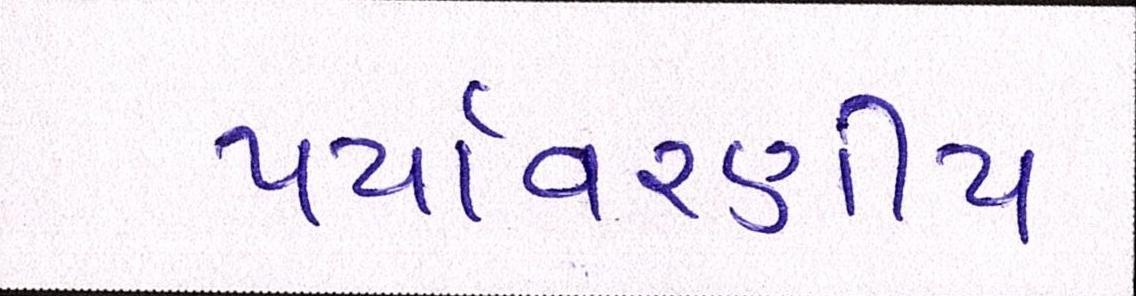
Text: પર્યાવરણીય